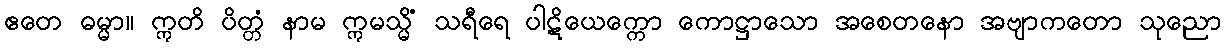
ဧတေ ဓမ္မာ။ ဣတိ ပိတ္တံ နာမ ဣမသ္မိံ သရီရေ ပါဋိယေက္ကော ကောဋ္ဌာသော အစေတနော အဗျာကတော သုညော